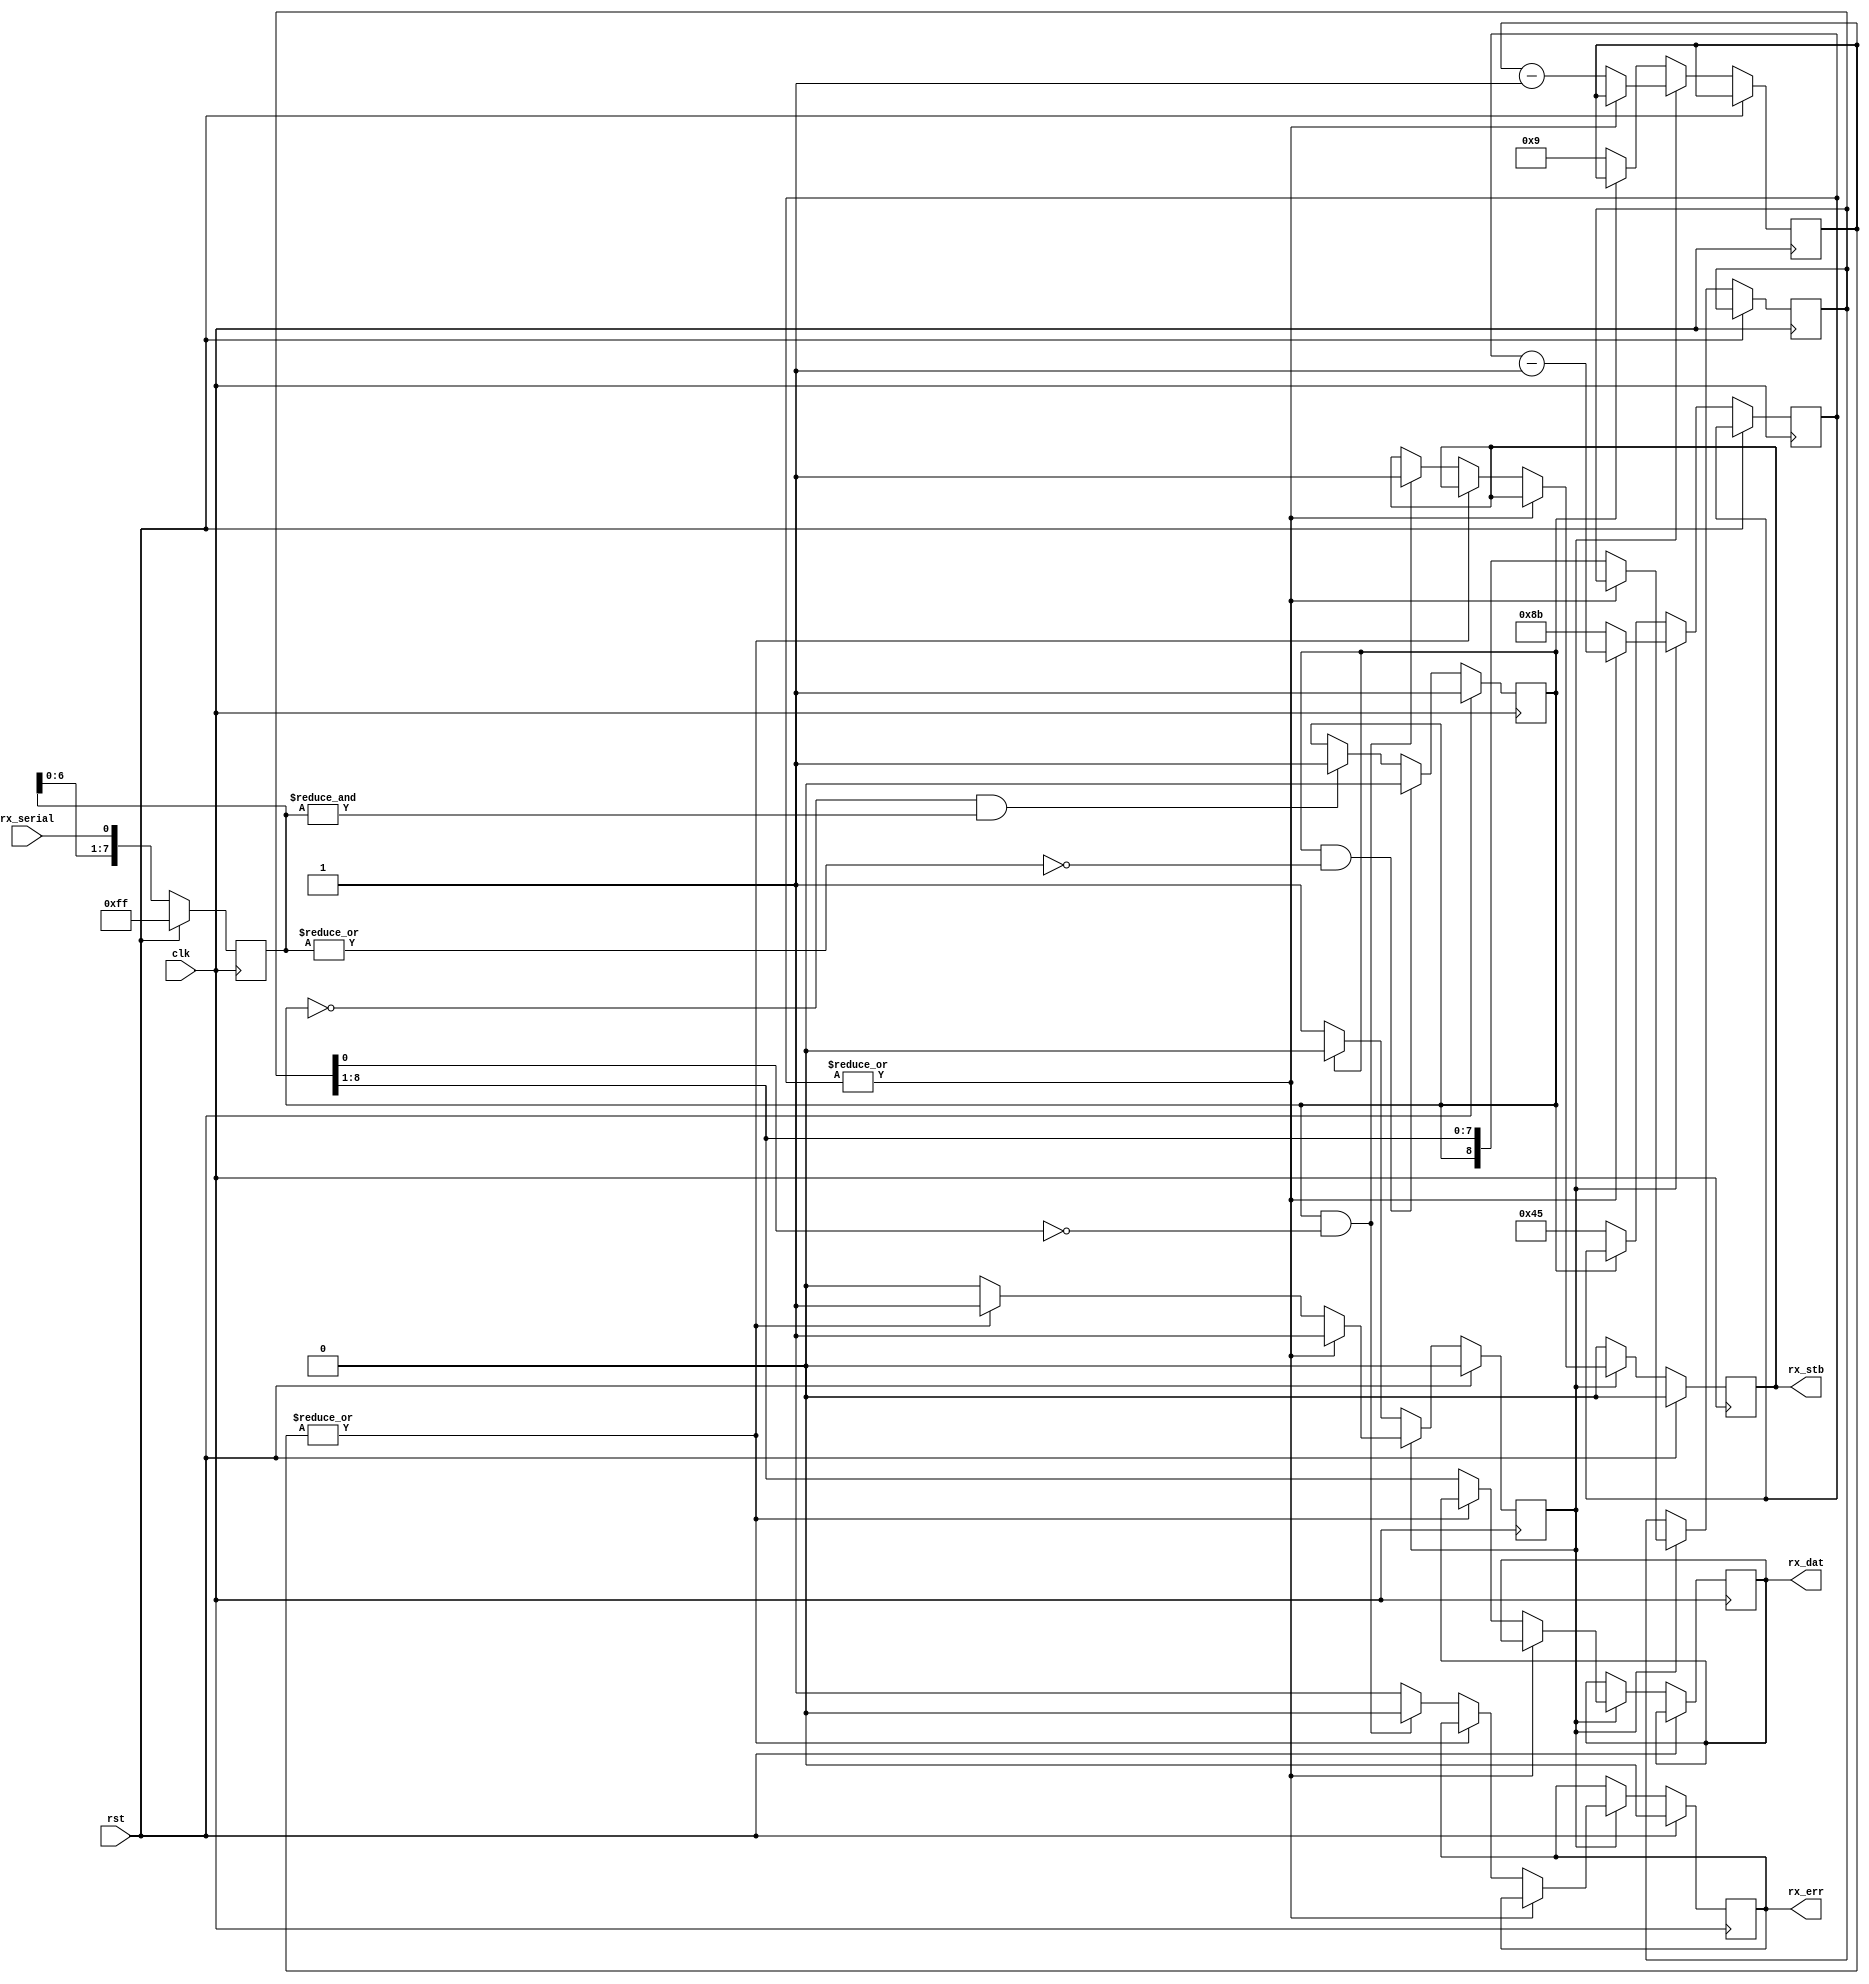
// acia_rx.v - asynchronous serial receive submodule
// 06-02-19 E. Brombaugh

module acia_rx(
	input clk,				  // system clock
	input rst,				  // system reset
	input rx_serial,		  // raw serial input
	output reg [7:0] rx_dat,  // received byte
	output reg rx_stb,        // received data available
	output reg rx_err         // received data error
);
	// sym rate counter for 115200bps @ 16MHz clk
    parameter SCW = 8;
	parameter sym_cnt = 139;
	
	// input sync & deglitch
	reg [7:0] in_pipe;
	reg in_state;
	wire all_zero = ~|in_pipe;
	wire all_one = &in_pipe;
	always @(posedge clk)
		if(rst)
		begin
			// assume RX input idle at start
			in_pipe <= 8'hff;
			in_state <= 1'b1;
		end
		else
		begin
			// shift in a bit
			in_pipe <= {in_pipe[6:0],rx_serial};
	
			// update state
			if(in_state && all_zero)
				in_state <= 1'b0;
			else if(!in_state && all_one)
				in_state <= 1'b1;
		end

	// receive machine
	reg [8:0] rx_sr;
	reg [3:0] rx_bcnt;
	reg [SCW-1:0] rx_rcnt;
	reg rx_busy;
	always @(posedge clk)
		if(rst)
		begin
			rx_busy <= 1'b0;
			rx_stb <= 1'b0;
			rx_err <= 1'b0;
		end
		else
		begin
			if(!rx_busy)
			begin
				if(!in_state)
				begin
					// found start bit - wait 1/2 bit to sample
					rx_bcnt <= 4'h9;
					rx_rcnt <= sym_cnt/2;
					rx_busy <= 1'b1;
				end
				
				// clear the strobe
				rx_stb <= 1'b0;
			end
			else
			begin
				if(~|rx_rcnt)
				begin
					// sample data and restart for next bit
					rx_sr <= {in_state,rx_sr[8:1]};
					rx_rcnt <= sym_cnt;
					rx_bcnt <= rx_bcnt - 1;
					
					if(~|rx_bcnt)
					begin
						// final bit - check for err and finish
						rx_dat <= rx_sr[8:1];
						rx_busy <= 1'b0;
						if(in_state && ~rx_sr[0])
						begin
							// framing OK
							rx_err <= 1'b0;
							rx_stb <= 1'b1;
						end
						else
							// framing err
							rx_err <= 1'b1;
					end
				end
				else
					rx_rcnt <= rx_rcnt - 1;
			end
		end
endmodule